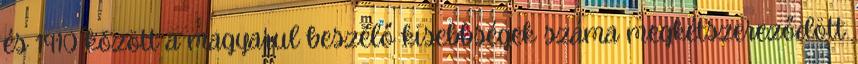
és 1910 között a magyarul beszélő kisebbségek száma megkétszereződött